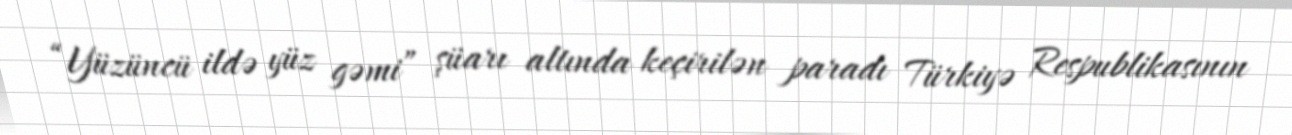
“Yüzüncü ildə yüz gəmi” şüarı altında keçirilən paradı Türkiyə Respublikasının